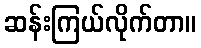
ဆန်းကြယ်လိုက်တာ။